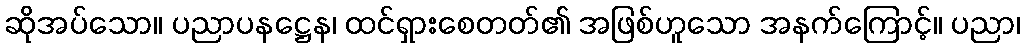
ဆိုအပ်သော။ ပညာပနဋ္ဌေန၊ ထင်ရှားစေတတ်၏ အဖြစ်ဟူသော အနက်ကြောင့်။ ပညာ၊